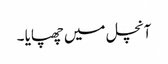
آنچل میں چھپایا ۔